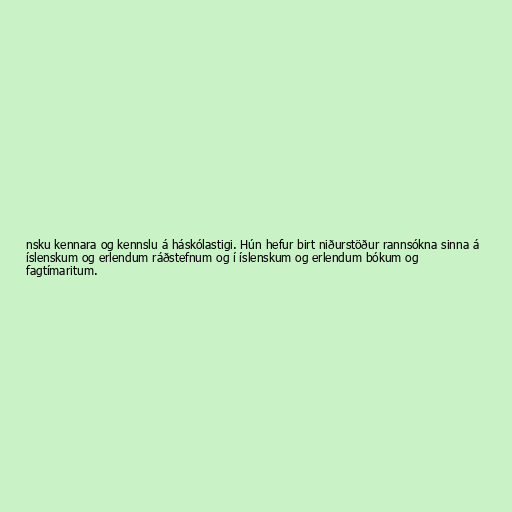
nsku kennara og kennslu á háskólastigi. Hún hefur birt niðurstöður rannsókna sinna á
íslenskum og erlendum ráðstefnum og í íslenskum og erlendum bókum og
fagtímaritum.